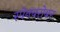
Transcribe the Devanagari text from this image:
स्पेनबरोबर